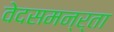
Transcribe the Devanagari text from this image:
वेदसमन्र्ता